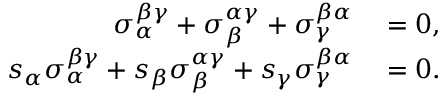
\begin{array} { r l } { \sigma _ { \alpha } ^ { \beta \gamma } + \sigma _ { \beta } ^ { \alpha \gamma } + \sigma _ { \gamma } ^ { \beta \alpha } } & { { } = 0 , } \\ { s _ { \alpha } \sigma _ { \alpha } ^ { \beta \gamma } + s _ { \beta } \sigma _ { \beta } ^ { \alpha \gamma } + s _ { \gamma } \sigma _ { \gamma } ^ { \beta \alpha } } & { { } = 0 . } \end{array}